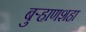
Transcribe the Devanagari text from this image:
बुऱ्हाणशहा